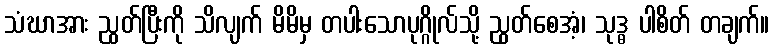
သံဃာအား ညွတ်ပြီးကို သိလျက် မိမိမှ တပါးသောပုဂ္ဂိုလ်သို့ ညွတ်စေအံ့၊ သုဒ္ဓ ပါစိတ် တချက်။